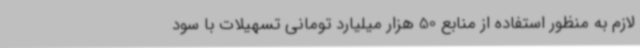
لازم به منظور استفاده از منابع 50 هزار میلیارد تومانی تسهیلات با سود